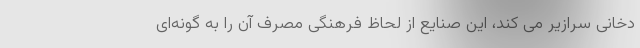
دخانی سرازیر می کند، این صنایع از لحاظ فرهنگی مصرف آن را به گونه‌ای